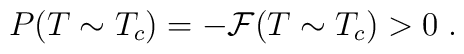
P(T \sim T_c) = - {\cal F}(T \sim T_c) > 0\;.